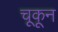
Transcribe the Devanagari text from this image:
चूकून